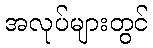
အလုပ်များတွင်